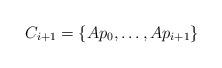
LaTeX: \begin{align*}C_{i+1}=\{Ap_{0},\dots,Ap_{i+1}\}\end{align*}